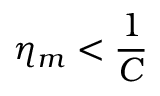
\eta _ { m } < \frac { 1 } { C }